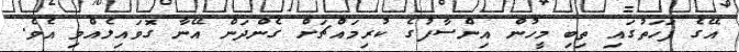
އޭގެ ފަހަތުގައި ތިބި މީހުން އިންސާފުގެ ކުރިމައްޗަށް ގެންދަން އޭނާ ގޮވައިލެއްވި އެވެ.